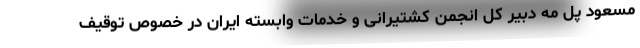
مسعود پل مه دبیر کل انجمن کشتیرانی و خدمات وابسته ایران در خصوص توقیف